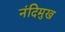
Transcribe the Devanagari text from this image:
नंदिमुख